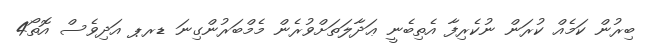
ބިރުން ކަމެއް ކުރަން ނުކެރިފާ އެތިބެނީ ޢަދާލަތަށްވުރެން މެމްބަރުންގިނަ ޑރޕ އަދިވެސް އޮތޯ4